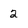
Character: 2